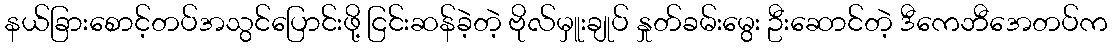
နယ်ခြားစောင့်တပ်အသွင်ပြောင်းဖို့ ငြင်းဆန်ခဲ့တဲ့ ဗိုလ်မှူးချုပ် နှုတ်ခမ်းမွေး ဦးဆောင်တဲ့ ဒီကေဘီအေတပ်က